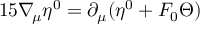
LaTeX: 1 5 \nabla _ { \! \mu } \eta ^ { 0 } = \partial _ { \mu } ( \eta ^ { 0 } + F _ { 0 } \Theta )